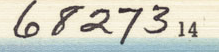
6827314